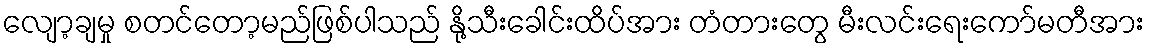
လျော့ချမှု စတင်တော့မည်ဖြစ်ပါသည် နို့သီးခေါင်းထိပ်အား တံတားတွေ မီးလင်းရေးကော်မတီအား